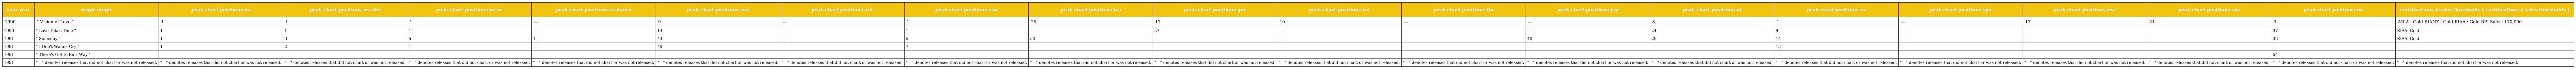
| year year | single single | peak chart positions us | peak chart positions us r&b | peak chart positions us ac | peak chart positions us dance | peak chart positions aus | peak chart positions aut | peak chart positions can | peak chart positions fra | peak chart positions ger | peak chart positions ire | peak chart positions ita | peak chart positions jap | peak chart positions nl | peak chart positions nz | peak chart positions spa | peak chart positions swe | peak chart positions swi | peak chart positions uk | certifications ( sales thresholds ) certifications ( sales thresholds ) |
 | --- | --- | --- | --- | --- | --- | --- | --- | --- | --- | --- | --- | --- | --- | --- | --- | --- | --- | --- | --- | --- |
 | 1990 | " Vision of Love " | 1 | 1 | 1 | — | 9 | — | 1 | 25 | 17 | 10 | — | — | 8 | 1 | — | 17 | 24 | 9 | ARIA : Gold RIANZ : Gold RIAA : Gold BPI Sales: 170,000 |
 | 1990 | " Love Takes Time " | 1 | 1 | 1 | — | 14 | — | 1 | — | 57 | — | — | — | 24 | 9 | — | — | — | 37 | RIAA: Gold |
 | 1991 | " Someday " | 1 | 3 | 5 | 1 | 44 | — | 5 | 38 | — | — | — | 48 | 29 | 14 | — | — | — | 38 | RIAA: Gold |
 | 1991 | " I Don't Wanna Cry " | 1 | 2 | 1 | — | 49 | — | 7 | — | — | — | — | — | — | 13 | — | — | — | — | — |
 | 1991 | " There's Got to Be a Way " | — | — | — | — | — | — | — | — | — | — | — | — | — | — | — | — | — | 54 | — |
 | 1991 | "—" denotes releases that did not chart or was not released. | "—" denotes releases that did not chart or was not released. | "—" denotes releases that did not chart or was not released. | "—" denotes releases that did not chart or was not released. | "—" denotes releases that did not chart or was not released. | "—" denotes releases that did not chart or was not released. | "—" denotes releases that did not chart or was not released. | "—" denotes releases that did not chart or was not released. | "—" denotes releases that did not chart or was not released. | "—" denotes releases that did not chart or was not released. | "—" denotes releases that did not chart or was not released. | "—" denotes releases that did not chart or was not released. | "—" denotes releases that did not chart or was not released. | "—" denotes releases that did not chart or was not released. | "—" denotes releases that did not chart or was not released. | "—" denotes releases that did not chart or was not released. | "—" denotes releases that did not chart or was not released. | "—" denotes releases that did not chart or was not released. | "—" denotes releases that did not chart or was not released. | "—" denotes releases that did not chart or was not released. |